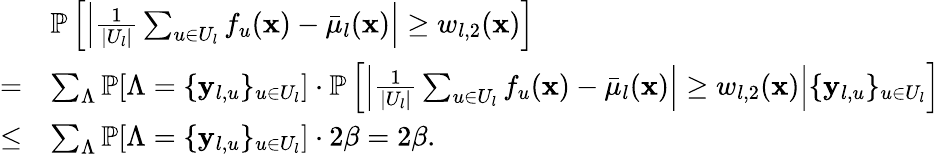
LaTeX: \begin{array}{rl}&{\mathbb{P}\left[\left|\frac{1}{|U_{l}|}\sum_{u\in U_{l}}f_{u}(\mathbf{x})-\bar{\mu}_{l}(\mathbf{x})\right|\geq w_{l,2}(\mathbf{x})\right]}\\ {=}&{\sum_{\Lambda}\mathbb{P}[\Lambda=\{ \mathbf{y}_{l,u}\} _{u\in U_{l}}]\cdot\mathbb{P}\left[\left|\frac{1}{|U_{l}|}\sum_{u\in U_{l}}f_{u}(\mathbf{x})-\bar{\mu}_{l}(\mathbf{x})\right|\geq w_{l,2}(\mathbf{x})\middle|\{ \mathbf{y}_{l,u}\} _{u\in U_{l}}\right]}\\ {\leq}&{\sum_{\Lambda}\mathbb{P}[\Lambda=\{ \mathbf{y}_{l,u}\} _{u\in U_{l}}]\cdot 2\beta=2\beta.}\end{array}